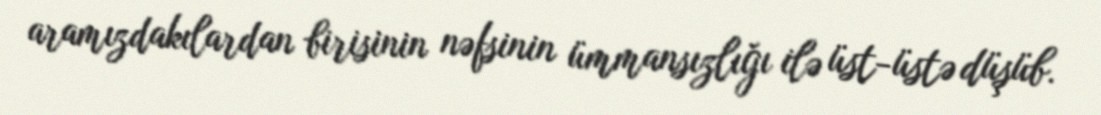
aramızdakılardan birisinin nəfsinin ümmansızlığı ilə üst-üstə düşüb.